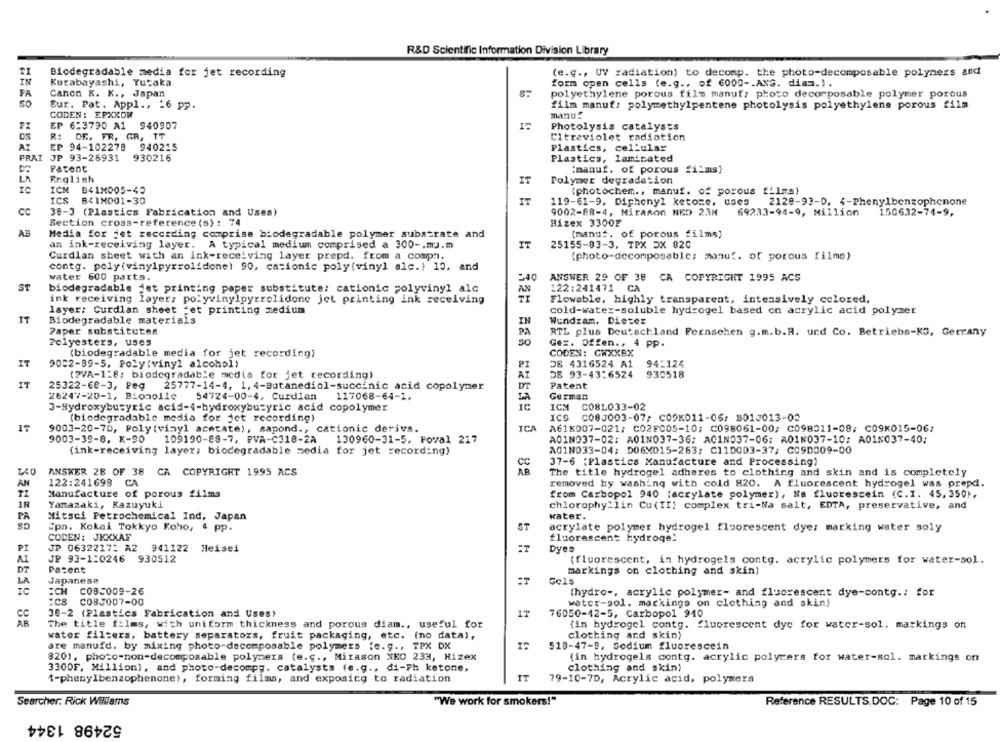
R&D Scientific Information Division Library
Biodegradable media for jet recording
(e.g ., UV radiation) to decomp. the photo-decomposable polymers and
IN
Kurabayashi, Yutaka
form open cells (e.g ., of 6000 -. ANG. diam.).
PA
Canon K. K ., Japan
polyethylene porous film manuf; photo decorposable polymer porous
Eur. Pat. Appl ., 16 pp.
film manuf: polymethylpentene photolysis polyethylene porous film
CODEN: EPXXDW
manu:
EP 6:3790 A1
940907
Photolysis catalysts
R:
DS
DE, FR. GR, TT
Ultraviolet radiation
AT
EP 94-102278
940215
Plastics, cellular
PRAI JP 93-26931
930216
Plastics, laminated
Patent
:manuf. of porous "i'ms)
English
IT
Polymer degradation
IC
ICM
841M005-40
(photochem ., manuf. of porous films}
ICS
841M001-30
IT
119-61-9, Diphenyl ketone, uses
2128-93-0. 4-Phenylbenzophenone
CC
38-3 (Plastics Fabrication and Uses)
9002-88-4, Mirason NED 23H
69233-94-9, Million
150632-74-9.
Section cross-reference (s) : 74
Hizex 3300F
AB
Media for jet recording comprise biodegradable polymer substrate and
(manuf. of porous films,
an ink-receiving layer.
A typical medium comprised a 300 -. my.m
IT
25155-83-3, TPX DX 820
Curdlan sheet with an ink-receiving layer prepd. from a compa.
(photo-decomposable; manuf. of porous films)
contg. poly(vinylpyrrolidone) 90, cationic poly(vinyl ale.) 10, and
water 600 parts.
540
ANSWER 29 OF 38 CA COPYRIGHT 1995 ACS
ST
biodegradable jet printing paper substitute: cationic polyvinyl alc
122:241471 CA
ink receiving layer; polyvinylpyrrolidone jet printing ink receiving
Flowable, highly transparent, intensively colored,
layer: Curdlan sheet fet printing medium
cold-water-soluble hydrogel based on acrylic acid polymer
IT
Biodegradable materials
IN
Wundzam, Diezez
Paper substitutes
PA
RTL plus Deutschland Fernsehen g.m.b.A. urd Co. Betriebs-KG, Gerrany
Polyesters, uses
Gez. Offen ., 4 pp.
(biodegradable media for jet recording)
CODEN: CWXXBX
IT
9082-99-5, Poly(vinyl alcohol)
DB 4316524 A1
94:124
PI
(2VA-1:8; biodegradable media for jet recording)
DE 93-43:6524
930518
IT
25322-60-3, Peg
25777-14-4, 1, 4-Butanediol-succinic acid copolymer
DE
Patent
26247-20-1, Bionolie
54724-00-4, Curdlan 117068-64-1.
German
3-Hydroxybutyric acid-4-hydroxybutyric acid copolymer
ICM
C08L033-02
(biodegradable media for jct recording)
ICS
C08J003-07; COOK011-06; B010013-03
IT
9003-20-70, Poly(vinyl acetate), sapond ., cationic derivs.
ICA
A61K007-021; C02F005-10; C098061-00; C098311-08; C09K015-06;
9003-39-8. K-90
109190-88-7, PVA-C318-2A
130960-31-5. Poval 217
A01NO37-02: A01N037-36; ACIN037-06; A01N037-10; A01N037-40;
(ink-receiving layer; biodegradable media for jet recording)
A01NO33-04: D06X015-263; C110003-37; CC9D309-00
Cc
37-6 :Plastics Manufacture and Processing)
ANSWER 28 OF 38 CA COPYRIGHT 1995 ACS
The title hydrogel adheres to clothing and skin and is completely
122:241698
CA
removed by washing with cold H20. A fluorescent hydrogel was prepd.
AN
Manufacture of porous films
from Carbopol 940 (acrylate polymer), Na fluorescein (C.I. 45,350),
IN
Yamazaki, Kazuyuki
chlorophyllin Cu(II) complex tri-Na salt, EDTA, preservative, and
PA
Mitsui Petrochemical Ind, Japan
water.
ST
Epn. Kokai Tokkyo Koho, 4 pp.
acrylate polymer hydrogel fluorescent dye; marking water soly
CODEN: JKXXAF
fluorescent hydroge!
PI
IV
JP 0632217: A2 941122 Heisei
Dyes
JP 93-1:0246 930512
(fluorescent, in hydrogels contg. acrylic polymers for water-sol.
DT
Patent
markings on clothing and skin)
Japanese
Gels
IC
:CH C085009-26
(hydro -, acrylic polymer- and fluorescent dye-contg .: for
:CS C083007-00
water-sol. markings on clothing and skin!
CC
30-2 (Plastics Fabrication and Uses)
IT
76050-42-5, Carbopol 940
The title films, with uniform thickness and porous diam ., useful for
(in hydrogel contg. fluorescent dye for water-sol. markings on
water filters, battery separators, fruit packaging, etc. (no data),
clothing and skin)
are manufd. by mixing photo-decomposable polymers fe.g ., TPX DX
518-47-9, Sodium fluorescein
8201, photo-non-decomposable polymers (e.g ., Mirason NEO 23H, Hizex
(in hydrogels contg. acrylic polyrers for water-sol. markings on
3300F, Million), and photo-decomp ;. catalysts (e.g ., di-Ph ketone.
clothing and skin)
1-phenylbenzophenone), forming films, and exposicg to radiation
IT
79-10-7D, Acrylic acid, polymers
Searcher. Rick Williams
"We work for smokers!"
Reference RESULTS.DOC: Page 10 of 15
52498 1344